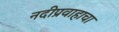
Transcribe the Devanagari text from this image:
नदीप्रवाहाचा